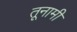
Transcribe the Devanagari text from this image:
तूनामी